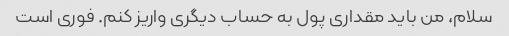
سلام، من باید مقداری پول به حساب دیگری واریز کنم. فوری است